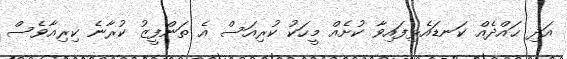
އަދި ޙައްދެއް ކަނޑައެޅިފައިވާ ކުށެއް މީހަކު ކުރިއަސް އެ ތަންފީޒު ކުރާނެ ކިރިއާވެސް